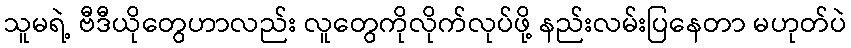
သူမရဲ့ ဗီဒီယိုတွေဟာလည်း လူတွေကိုလိုက်လုပ်ဖို့ နည်းလမ်းပြနေတာ မဟုတ်ပဲ